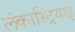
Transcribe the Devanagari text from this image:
लंकास्ट्रियाई